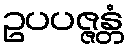
ဥပပဇ္ဇန္တံ